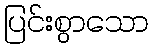
ပြင်းစွာသော